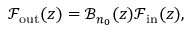
\mathcal { F } _ { \mathrm { o u t } } ( z ) = \mathcal { B } _ { n _ { 0 } } ( z ) \mathcal { F } _ { \mathrm { i n } } ( z ) ,